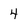
Character: 4